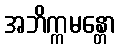
အဘိက္ကမန္တော